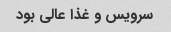
سرویس و غذا عالی بود